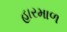
હારમાળ